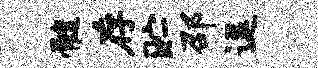
髓存贮邵逗